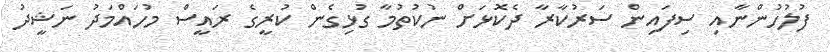
ފުލުހުންނާއި ސިފައިން ސަރުކާރާ ދެކޮޅަށް ނުކުތުމާ ގުޅިގެން ކުރީގެ ރައީސް މުހައްމަދު ނަޝީދު